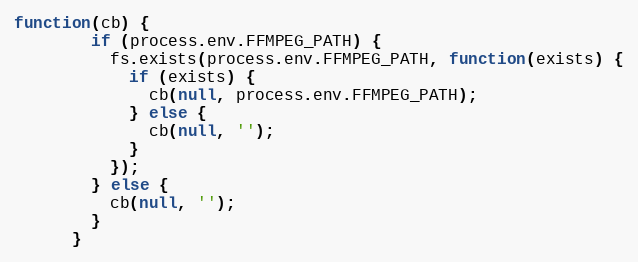
Language: JavaScript
function(cb) {
        if (process.env.FFMPEG_PATH) {
          fs.exists(process.env.FFMPEG_PATH, function(exists) {
            if (exists) {
              cb(null, process.env.FFMPEG_PATH);
            } else {
              cb(null, '');
            }
          });
        } else {
          cb(null, '');
        }
      }